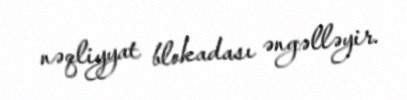
nəqliyyat blokadası əngəlləyir.